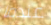
عندما